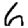
Digit: 6